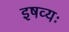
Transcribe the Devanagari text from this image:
इषव्यः